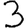
Digit: 3